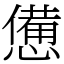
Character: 憊